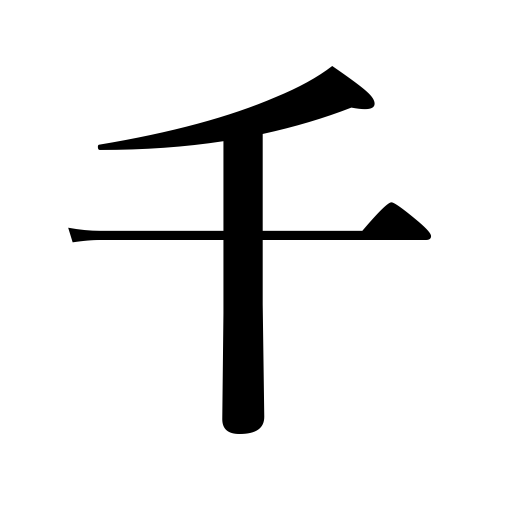
Meanings: many,thousand